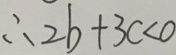
\therefore 2 b + 3 c < 0